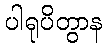
ပါရုပိတွာန